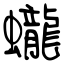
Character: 蠬